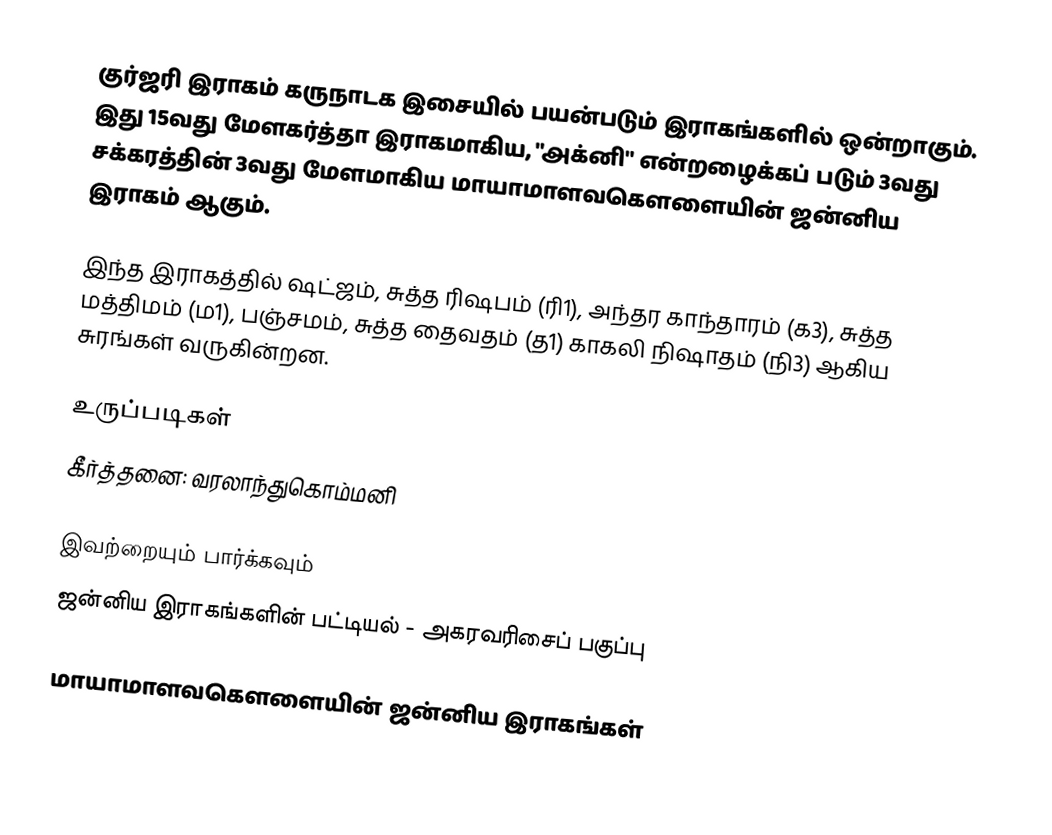
குர்ஜரி இராகம் கருநாடக இசையில் பயன்படும் இராகங்களில் ஒன்றாகும். இது 15வது மேளகர்த்தா இராகமாகிய, "அக்னி" என்றழைக்கப் படும் 3வது சக்கரத்தின் 3வது மேளமாகிய மாயாமாளவகௌளையின் ஜன்னிய இராகம் ஆகும்.

இந்த இராகத்தில் ஷட்ஜம், சுத்த ரிஷபம் (ரி1),  அந்தர காந்தாரம் (க3), சுத்த மத்திமம் (ம1), பஞ்சமம்,  சுத்த தைவதம் (த1) காகலி நிஷாதம்  (நி3) ஆகிய சுரங்கள் வருகின்றன.

உருப்படிகள்
 கீர்த்தனை: வரலாந்துகொம்மனி

இவற்றையும் பார்க்கவும்
 ஜன்னிய இராகங்களின் பட்டியல் - அகரவரிசைப் பகுப்பு

மாயாமாளவகௌளையின் ஜன்னிய இராகங்கள்